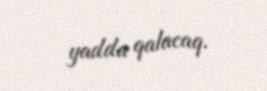
yadda qalacaq.